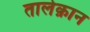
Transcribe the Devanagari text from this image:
तालेक़ान